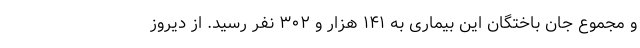
و مجموع جان باختگان این بیماری به ۱۴۱ هزار و ۳۰۲ نفر رسید. از دیروز